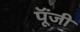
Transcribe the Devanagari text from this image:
पूॅंजी